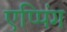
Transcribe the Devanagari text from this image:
एप्पिंग